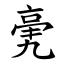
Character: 亴